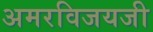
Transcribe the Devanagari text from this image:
अमरविजयजी